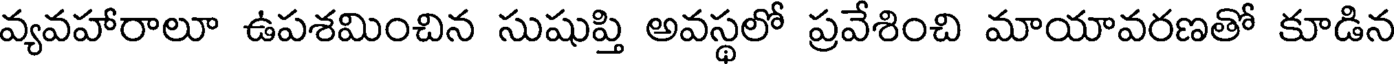
వ్యవహారాలూ ఉపశమించిన సుషుప్తి అవస్థలో ప్రవేశించి మాయావరణతో కూడిన